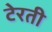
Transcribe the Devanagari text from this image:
टेरती